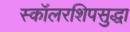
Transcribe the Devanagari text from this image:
स्कॉलरशिपसुद्धा